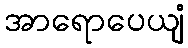
အာရောပေယျံ